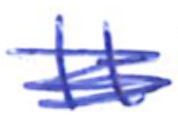
Text: It
Cross-out: mix
Writing tool: ballpoint